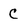
Character: C